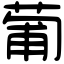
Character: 葡